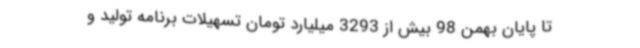
تا پایان بهمن 98 بیش از 3293 میلیارد تومان تسهیلات برنامه تولید و